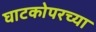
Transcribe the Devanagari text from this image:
घाटकोपरच्या